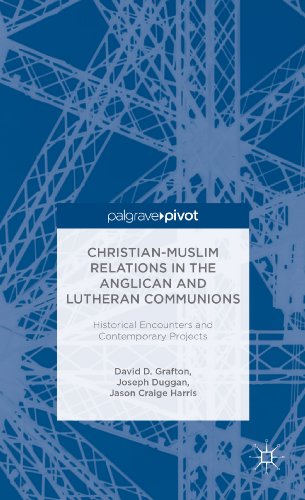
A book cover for Christian-Muslim Relations in the Anglican and Lutheran Communions: Historical Encounters and Contemporary Projects (Palgrave Pivot); Christian Books & Bibles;